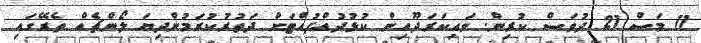
11 މަސް 21 ދުވަސް ކުރިން. ވައިކަރަދޫއިން ކުޅުދުއްފުއްޓަށް ދަތުރުކުރަމުންދިޔަ ލޯންޗެއް ތެރޭގައި